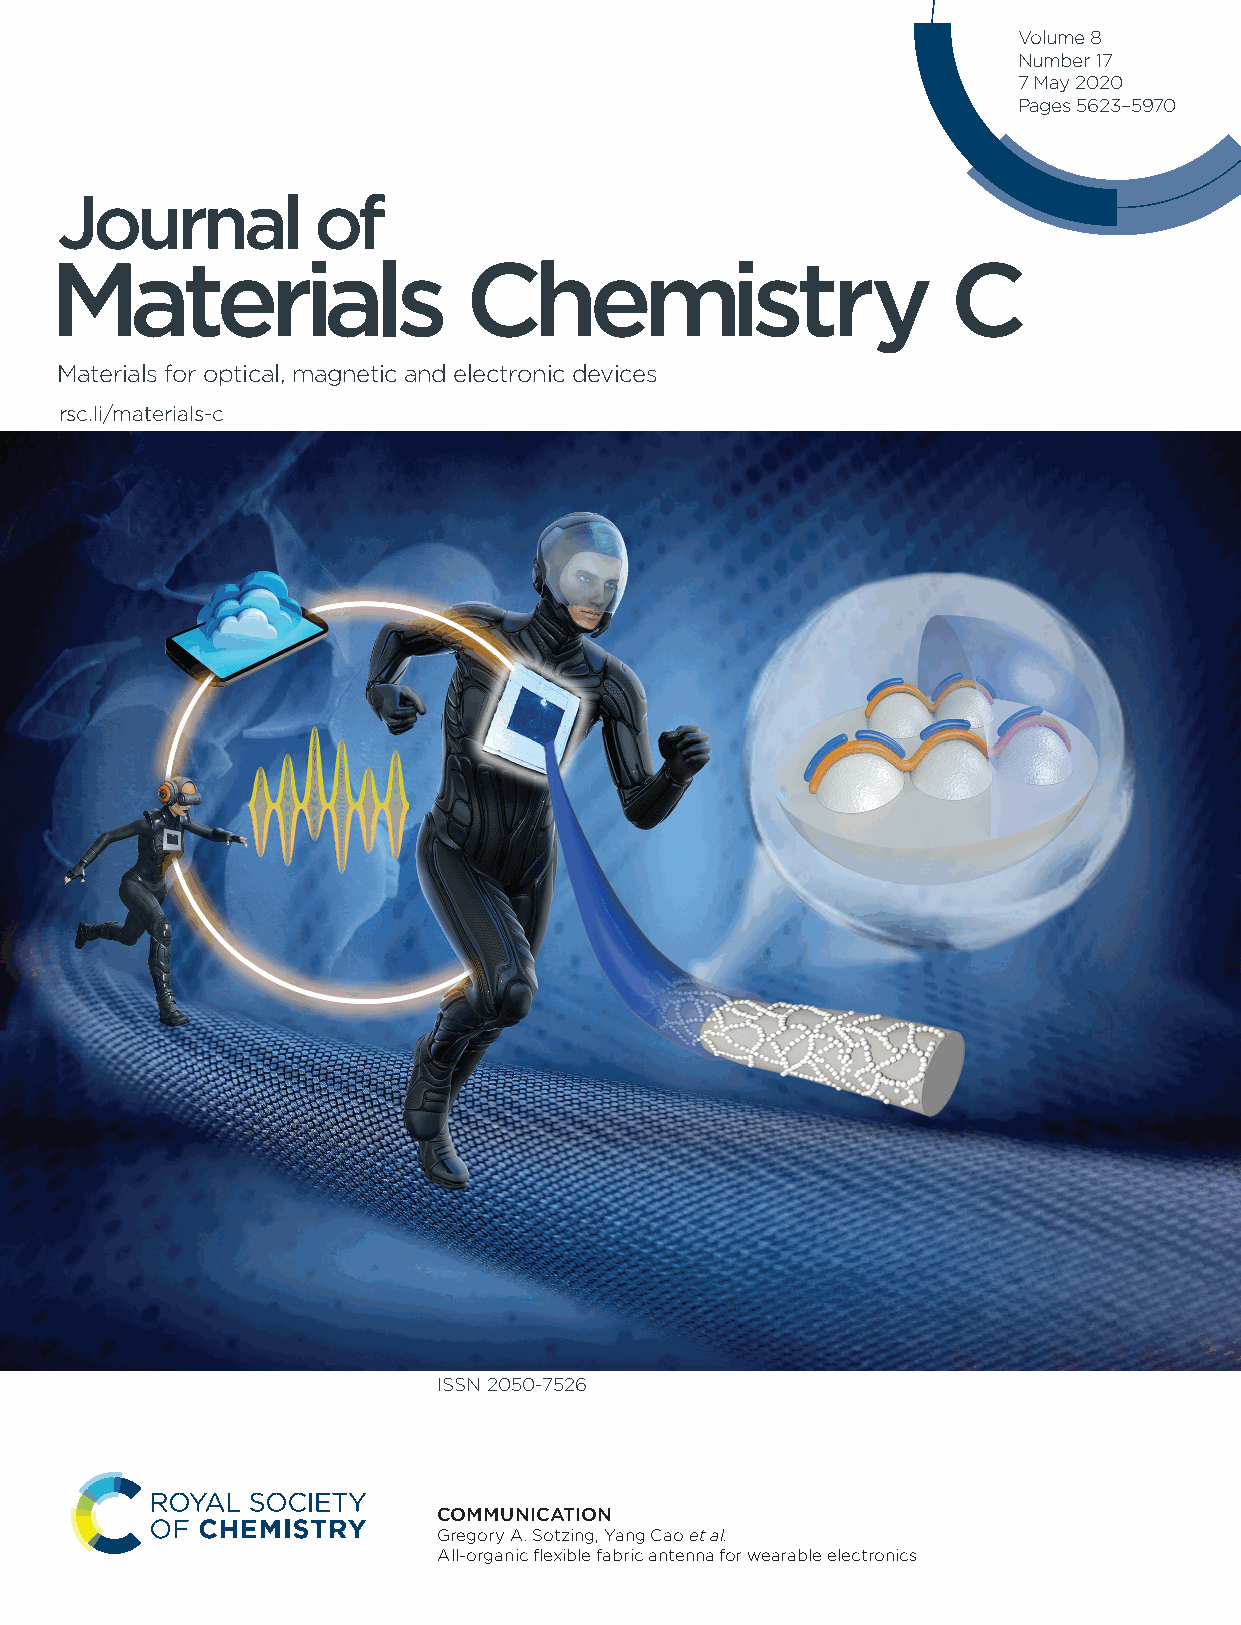
Volume 8
 Number 17
 7 May 2020
 Pages 5623–5970
 Journal          of
 M     aterials              Chemistry                       C
 Materials for optical, magnetic and electronic devices
 rsc.li/materials-c
 ISSN 2050-7526
 COMMUNICATION
 Gregory A. Sotzing, Yang Cao e t al .
 All-organic flexible fabric antenna for wearable electronics